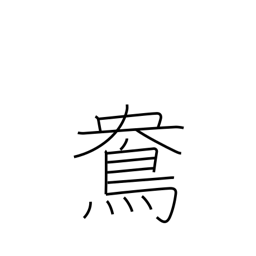
Meaning: female mandarin duck